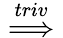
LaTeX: \stackrel{triv}{\implies}